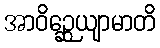
အာဝိဉ္ဆေယျာမာတိ